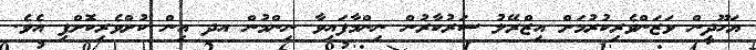
ޔަހޫދީން ވަޒަންވެރިކުރުމަށް އިޒްރޭލު ސަރުކާރުން ނިންމާފައިވާ ނިންމުން އދ އިން ކުށްވެރިކޮށްފި އެވެ.